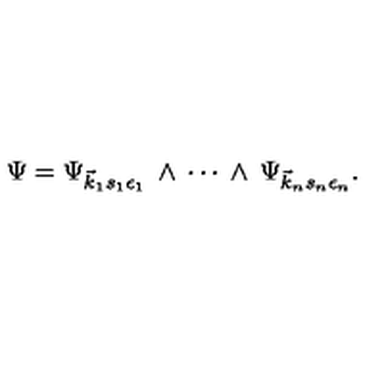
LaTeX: \Psi = \Psi _ { \vec { k } _ { 1 } s _ { 1 } \epsilon _ { 1 } } \: \wedge \: \cdots \: \wedge \: \Psi _ { \vec { k } _ { n } s _ { n } \epsilon _ { n } } .